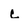
Character: c